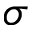
\boldsymbol { \sigma }